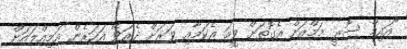
"އައިމް ސޮރީ މަމްއަށް އެގޮތަށް ވީމަ އެކަމާއި ވަރަށް ދެރަވޭ އަހަރެން އަމިއްލައަށް